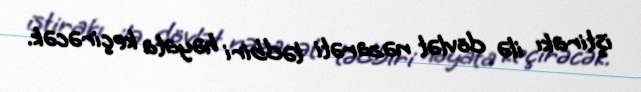
iştirakı ilə dövlət nəzarəti tədbiri həyata keçirəcək.